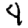
Digit: 4